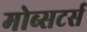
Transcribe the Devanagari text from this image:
मोब्सटर्स